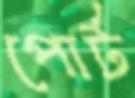
পোর্ট